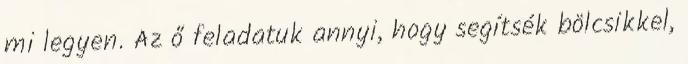
mi legyen. Az ő feladatuk annyi, hogy segítsék bölcsikkel,